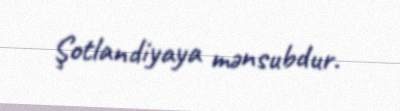
Şotlandiyaya mənsubdur.